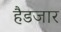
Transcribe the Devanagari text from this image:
हैडजार